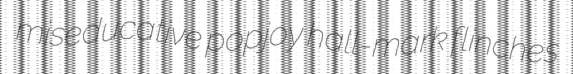
miseducative popjoy hall-mark flinches